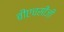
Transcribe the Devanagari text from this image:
बीएचसीजी